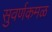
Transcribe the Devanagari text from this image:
सुवर्णकमळ